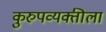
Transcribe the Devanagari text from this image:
कुरुपव्यक्तीला